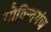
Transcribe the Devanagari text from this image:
गोविन्‍दगंज